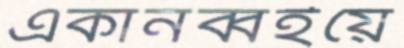
একানব্বইয়ে